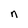
Character: n